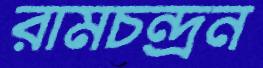
রামচন্দ্রন